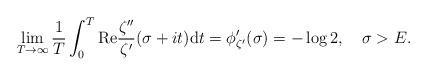
LaTeX: \begin{align*}\lim_{T\to\infty}\frac{1}{T}\int_{0}^{T}\mathrm{Re}\frac{\zeta''}{\zeta'}(\sigma+it)\mathrm{d}t=\phi_{\zeta'}'(\sigma)=-\log 2,\quad\sigma>E.\end{align*}